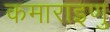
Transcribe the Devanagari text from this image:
कमाराइणु